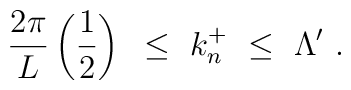
\frac{ 2 \pi }{ L } \left ( \frac {1}{2} \right )           ~ \leq ~ k_n^+  ~ \leq ~  \Lambda' ~.